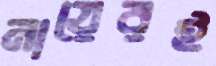
নায়েরই